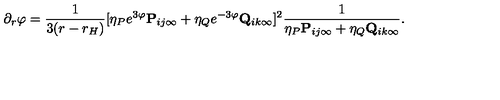
\partial _ { r } \varphi = { \frac { 1 } { 3 ( r - r _ { H } ) } } [ \eta _ { P } e ^ { 3 \varphi } { \bf P } _ { i j \infty } + \eta _ { Q } e ^ { - { 3 \varphi } } { \bf Q } _ { i k \infty } ] ^ { 2 } { \frac { 1 } { \eta _ { P } { \bf P } _ { i j \infty } + \eta _ { Q } { \bf Q } _ { i k \infty } } } .